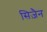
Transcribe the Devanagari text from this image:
सिज़ैन